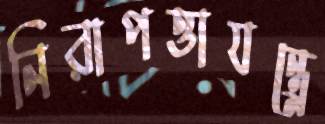
নিরাপত্তাযন্ত্রে